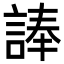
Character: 𮘗